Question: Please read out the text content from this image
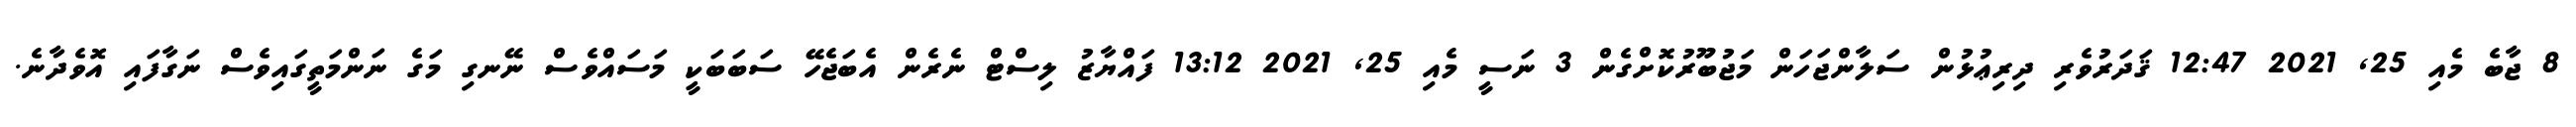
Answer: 8 ޖާބެ މެއި 25, 2021 12:47 ޤަދަރުވެރި ދިރިޢުޅުން ސަލާންޖަހަން މަޖުބޫރުކޮށްގެން 3 ނަސީ މެއި 25, 2021 13:12 ފައްޔާޒު ލިސްޓް ނެރެން އެބަޖެހޭ ސަބަބަކީ މަސައްވެސް ނޭނގި މަގެ ނަންމަތީގައިވެސް ނަގާފައި އޮވެދާނެ.